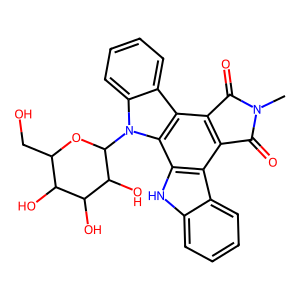
SMILES: CN1C(=O)c2c(c3c4ccccc4n(C4OC(CO)C(O)C(O)C4O)c3c3[nH]c4ccccc4c23)C1=O
Inhibits HIV replication: No